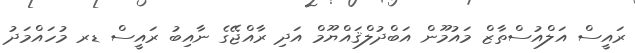
ރައީސް އަލްއުސްތާޒް މައުމޫން އަބްދުލްޤައްޔޫމް އަދި ރާއްޖޭގެ ނާއިބު ރައީސް ޑރ މުހައްމަދު